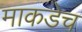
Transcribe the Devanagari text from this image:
माकडेच